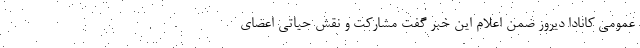
عمومی کانادا دیروز ضمن اعلام این خبر گفت مشارکت و نقش حیاتی اعضای